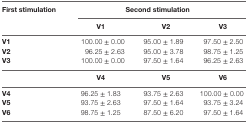
| First stimulation | <COLSPAN=3> Second stimulation |
 |  | V1 | V2 | V3 |
 | --- | --- | --- | --- |
 | V1 | 100.00 ± 0.00 | 95.00 ± 1.89 | 97.50 ± 2.50 |
 | V2 | 96.25 ± 2.63 | 95.00 ± 3.78 | 98.75 ± 1.25 |
 | V3 | 100.00 ± 0.00 | 97.50 ± 1.64 | 96.25 ± 2.63 |
 |  | V4 | V5 | V6 |
 | V4 | 96.25 ± 1.83 | 93.75 ± 2.63 | 100.00 ± 0.00 |
 | V5 | 93.75 ± 2.63 | 97.50 ± 1.64 | 93.75 ± 3.24 |
 | V6 | 98.75 ± 1.25 | 87.50 ± 6.20 | 97.50 ± 1.64 |